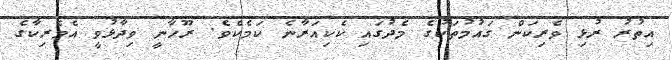
އިތުރު ރުޅި ވެރިކަން ގައުމުތަކުގެ މެދުގައި ކެކިއަރާނެ ކަމެކެވެ. ރޫހާނީ ވިދާޅުވީ އެމެރިކާގެ